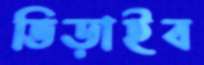
ভিড়াইব